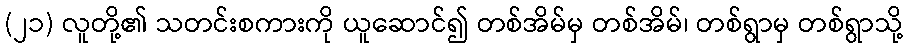
(၂၁) လူတို့၏ သတင်းစကားကို ယူဆောင်၍ တစ်အိမ်မှ တစ်အိမ်၊ တစ်ရွာမှ တစ်ရွာသို့